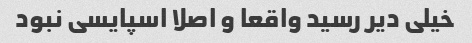
خیلی دیر رسید واقعا و اصلا اسپایسی نبود